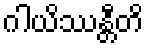
ဂါယိဿန္တီတိ